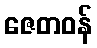
ဇေတဝန်